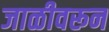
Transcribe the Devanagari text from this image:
जाळीवरून